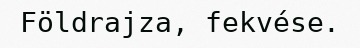
Földrajza, fekvése.